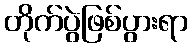
တိုက်ပွဲဖြစ်ပွားရာ